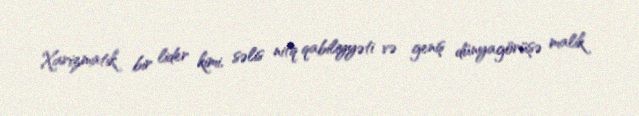
Xarizmatik bir lider kimi, səlis nitq qabiliyyəti və geniş dünyagörüşə malik